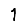
Digit: 1